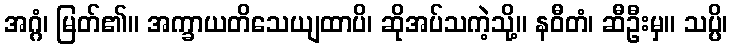
အဂ္ဂံ၊ မြတ်၏။ အက္ခာယတိသေယျထာပိ၊ ဆိုအပ်သကဲ့သို့။ နဝီတံ၊ ဆီဦးမှ။ သပ္ပိ၊